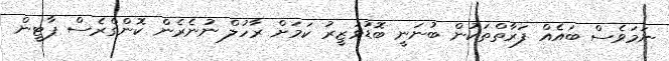
ނަމަވެސް ބައެއް ފަރާތްތަކުން ބުނަނީ ބޮޑުވަޒީރު ކަމަށް ރާހުލް ނުނެރެން ކޮންގްރެސް ޕާޓީން